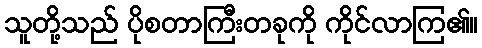
သူတို့သည် ပိုစတာကြီးတခုကို ကိုင်လာကြ၏။